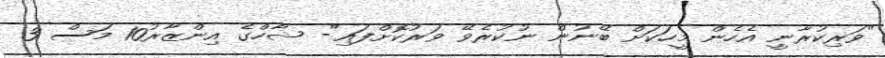
"ވަރިކުރާނީ އެހެން މީހަކަށް ބޭނުން ނުކުރެވޭ ވަރުކޮށްފައި"- ޝާހްގެ އިންޒާރު10 މަސް 3